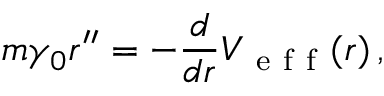
m \gamma _ { 0 } r ^ { \prime \prime } = - \frac { d } { d r } V _ { \mathrm { ~ e ~ f ~ f ~ } } ( r ) \, ,